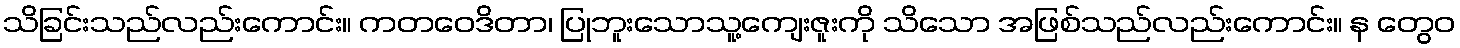
သိခြင်းသည်လည်းကောင်း။ ကတဝေဒိတာ၊ ပြုဘူးသောသူ့ကျေးဇူးကို သိသော အဖြစ်သည်လည်းကောင်း။ န တွေဝ